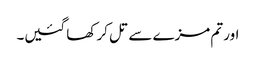
اور تم مزے سے تل کر کھا گئیں۔